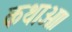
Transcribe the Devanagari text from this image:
कथाओ।